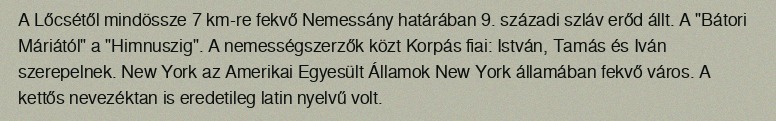
A Lőcsétől mindössze 7 km-re fekvő Nemessány határában 9. századi szláv erőd állt. A "Bátori Máriától" a "Himnuszig". A nemességszerzők közt Korpás fiai: István, Tamás és Iván szerepelnek. New York az Amerikai Egyesült Államok New York államában fekvő város. A kettős nevezéktan is eredetileg latin nyelvű volt.